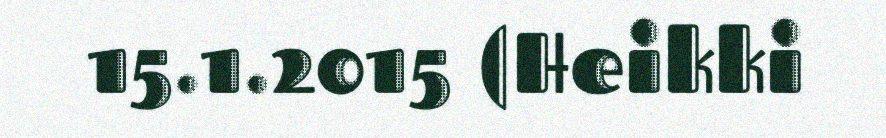
15.1.2015 (Heikki